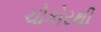
ચોકોરથી